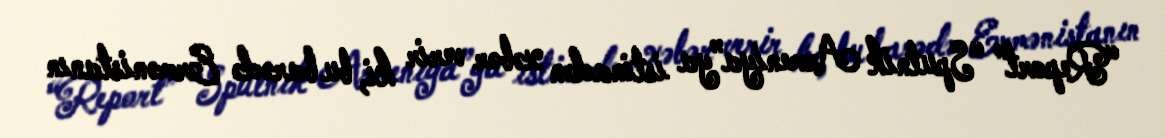
“Report” “Sputnik Armeniya”ya istinadən xəbər verir ki, bu barədə Ermənistanın